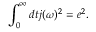
{ \int _ { 0 } ^ { \infty } d t j ( \omega ) ^ { 2 } = e ^ { 2 } } .